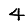
Digit: 4